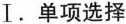
Ⅰ.单项选择